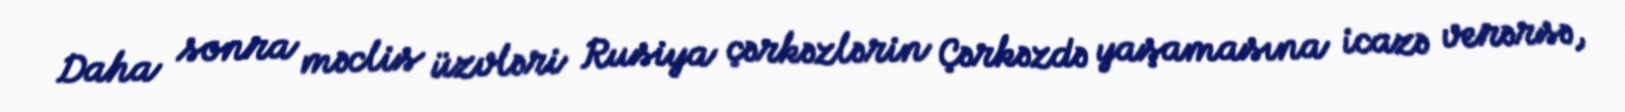
Daha sonra məclis üzvləri Rusiya çərkəzlərin Çərkəzdə yaşamasına icazə verərsə,